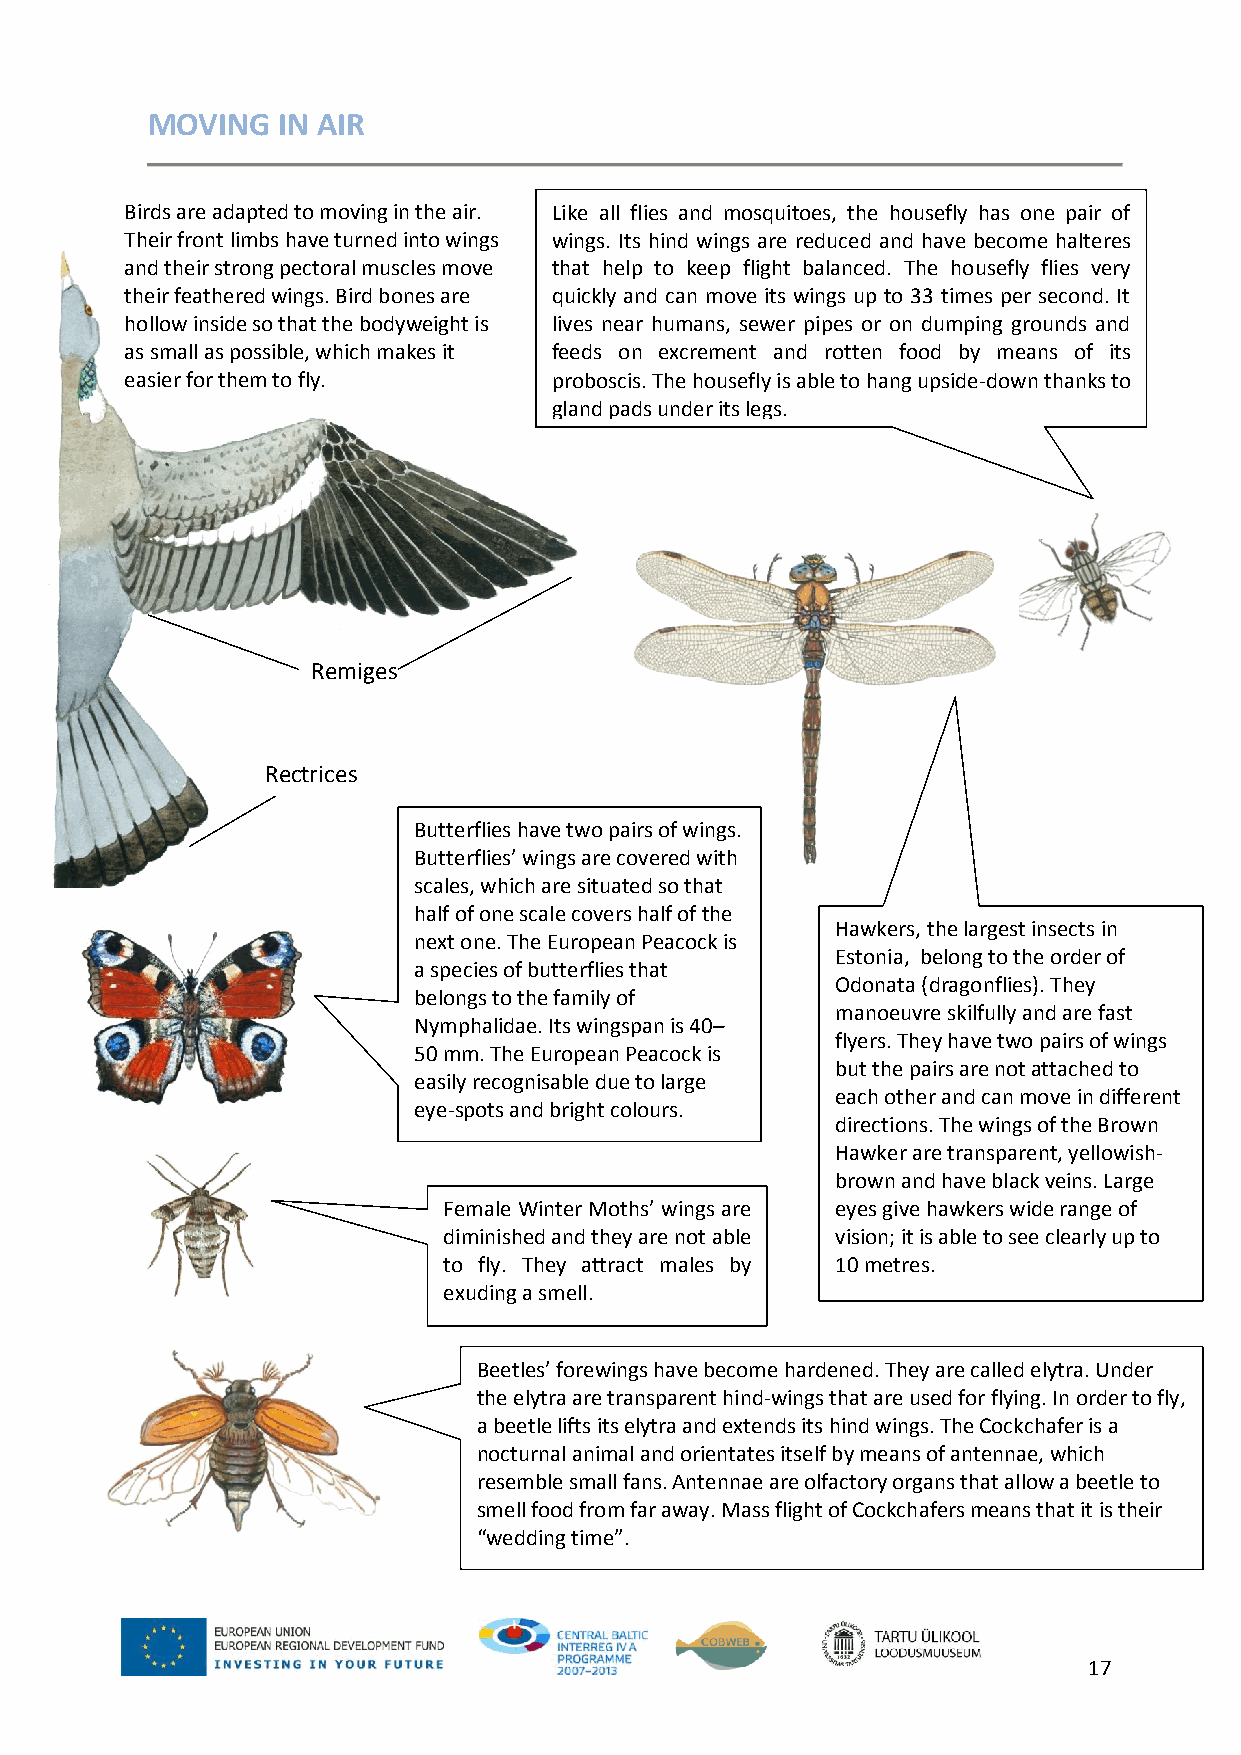
MOVING  IN AIR
 Bir ds are adapted to moving in the air. Like all flies and mosquitoes, the housefly has one pair of
 Their front limbs have turned into wings wings. Its hind wings are reduced and have become halteres
 and their strong pectoral muscles move that help to keep flight balanced. The housefly flies very
 their feathered wings. Bird bones are quickly and can move its wings up to 33 times per second. It
 hollow inside so that the bodyweight is lives near humans, sewer pipes or on dumping g rounds and
 as small as possible, which makes it feeds on excrement and rotten food by means of its
 easier for them to fly.      proboscis. The housefly is able to hang upsi de-down thanks to
 gland pads under its legs.
 Remiges
 Rectrices
 Butterflies have two p airs of wings.
 Butterflies’ wings are covered with
 scales, which are situa ted so that
 half of one scale cove rs half of the
 Hawkers, the largest insects in
 next one. The Europe an Peacock is
 Estonia, belong to the order of
 a species of butterflies that
 Odonata (dragonflies). They
 belongs to the family of
 manoeuvre skilfully and are fast
 Nymphalidae. Its wingspan is 40–
 flyers. They have two pairs of wings
 50 mm. The European Peacock is
 but the pairs are not attached to
 easily recognisable due to large
 each other and can move in different
 eye-spots and bright colours.
 directions. The wings of the Brown
 Hawker are transparent, yellowish-
 brown and have black veins. Large
 Female Winter Moths’ wings are eyes give hawkers wide range of
 diminished and they are not able vision; it is able to see clearly up to
 to fly. They attract males by 10 metres.
 exuding a smell.
 Beetles’ forewings have become hardened. They are called elytra. Under
 the elytra are transparent hind-wings that are used for flying. In order to fly,
 a beetle lifts its elytra and extends its hind wings. The Cockchafer is a
 nocturnal animal and orientates itself by means of antennae, which
 resemble small fans. Antennae are olfactory organs that allow a beetle to
 smell food from far away. Mass flight of Cockchafers means that it is their
 “wedding time”.
 17